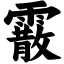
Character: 霰